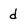
Character: d